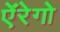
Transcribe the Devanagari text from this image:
ऐंरेगो